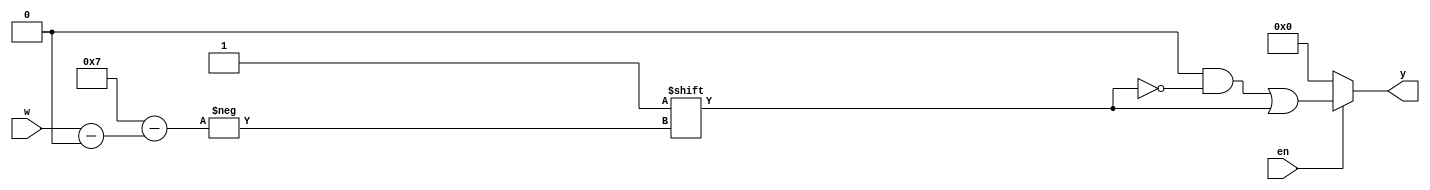
`timescale 1ns / 1ps
//////////////////////////////////////////////////////////////////////////////////
// Company: 
// Engineer: 
// 
// Design Name: 
// Module Name: decoder_generic
// Project Name: 
// Target Devices: 
// Tool Versions: 
// Description: 
// 
// Dependencies: 
// 
// Revision:
// Revision 0.01 - File Created
// Additional Comments:
// 
//////////////////////////////////////////////////////////////////////////////////


module decoder_generic
    #(parameter N = 3)(
    input [N - 1:0] w,
    input en,
    output reg [0: 2 ** N - 1] y
    );

    always @(w, en)
    begin
        y = 'b0; //default
        
        if (en)
            y[w] = 1'b1;
        else
            y = 'b0;
        
    end

endmodule